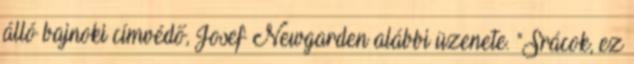
álló bajnoki címvédő, Josef Newgarden alábbi üzenete. "Srácok, ez